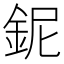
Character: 鈮